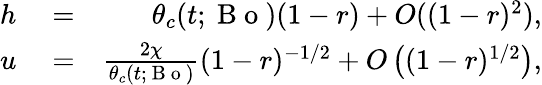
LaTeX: \begin{array}{rlr}{h}&{{}=}&{\theta_{c}(t;\mathrm{~B~o~})(1-r)+O((1-r)^{2}),}\\ {u}&{{}=}&{\frac{2\chi}{\theta_{c}(t;\mathrm{~B~o~})}(1-r)^{-1/2}+O\left((1-r)^{1/2}\right),}\end{array}